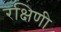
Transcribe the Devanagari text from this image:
रक्षिणी